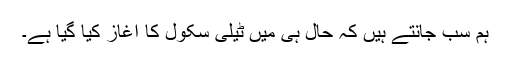
ہم سب جانتے ہیں کہ حال ہی میں ٹیلی سکول کا آغاز کیا گیا ہے۔